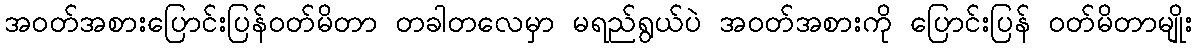
အဝတ်အစားပြောင်းပြန်ဝတ်မိတာ တခါတလေမှာ မရည်ရွယ်ပဲ အဝတ်အစားကို ပြောင်းပြန် ဝတ်မိတာမျိုး